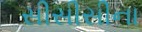
સીસીસીના